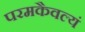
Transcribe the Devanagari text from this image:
परमकैवल्यं